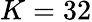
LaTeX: K=32